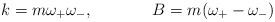
LaTeX: \begin{align*}k = m\omega_+ \omega_-, \hskip 1.5cm B = m(\omega_+ - \omega_-)\end{align*}